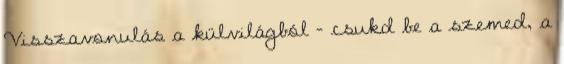
Visszavonulás a külvilágból - csukd be a szemed, a